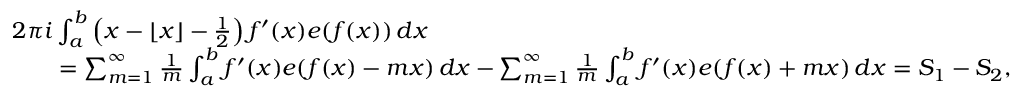
\begin{array} { r l } & { 2 \pi i \int _ { a } ^ { b } \left( x - \lfloor x \rfloor - \frac { 1 } { 2 } \right) f ^ { \prime } ( x ) e ( f ( x ) ) \, d x } \\ & { \qquad = \sum _ { m = 1 } ^ { \infty } \frac { 1 } { m } \int _ { a } ^ { b } f ^ { \prime } ( x ) e ( f ( x ) - m x ) \, d x - \sum _ { m = 1 } ^ { \infty } \frac { 1 } { m } \int _ { a } ^ { b } f ^ { \prime } ( x ) e ( f ( x ) + m x ) \, d x = S _ { 1 } - S _ { 2 } , } \end{array}